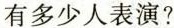
有多少人表演?